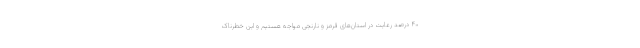
۴۰ درصد رعایت در استان‌های قرمز و نارنجی مواجه هستیم و این خطرناک